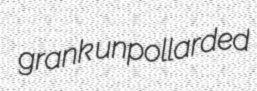
grank unpollarded